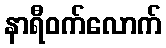
နာရီဝက်လောက်